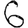
Digit: 6